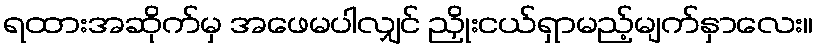
ရထားအဆိုက်မှ အဖေမပါလျှင် ညှိုးငယ်ရှာမည့်မျက်နှာလေး။